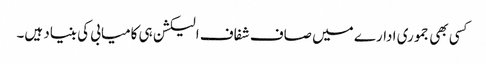
کسی بھی جموری ادارے میں صاف شفاف الیکشن ہی کامیابی کی بنیاد ہیں۔